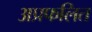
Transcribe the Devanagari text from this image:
अप्रफलित